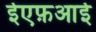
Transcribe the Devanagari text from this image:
ईएफ़आई